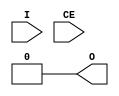
`timescale 1ns / 1ns

module BUFGCE (
	output O,
	input I,
	input CE
);
	// verilator lint_save
	// verilator lint_off MULTIDRIVEN
	reg x=0;
	// verilator lint_restore
	always @(posedge I) if (CE) x<=1;
	always @(negedge I) x<=0;
	buf b(O, x);
endmodule